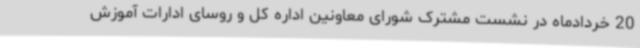
20 خردادماه در نشست مشترک شورای معاونین اداره کل و روسای ادارات آموزش